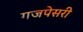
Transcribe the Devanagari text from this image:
गजपेसरी